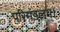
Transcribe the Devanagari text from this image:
परिमंडलम्।